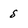
Character: 8